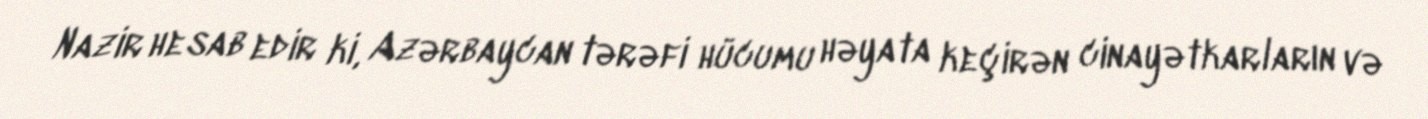
Nazir hesab edir ki, Azərbaycan tərəfi hücumu həyata keçirən cinayətkarların və